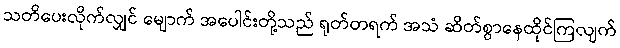
သတိပေးလိုက်လျှင် မျောက် အပေါင်းတို့သည် ရုတ်တရက် အသံ ဆိတ်စွာနေထိုင်ကြလျက်